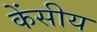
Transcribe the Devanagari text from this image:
केंसीय